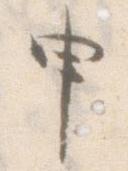
申